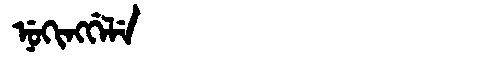
Manchu: ᠨᡠᡴᡳᠩᡤᡝᠯᡝ
Romanization: NUKINGGELE